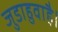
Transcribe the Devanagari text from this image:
जुडाहुवाहै।